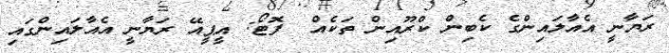
ރަޔާނީ އެއާލައިންގެ ކެބިން ކްރޫއިން ތަކެއް  ފޮޓޯ: އީޕީއޭ ރަޔާނީ އެއާލައިންގައި